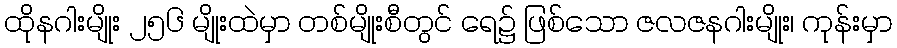
ထိုနဂါးမျိုး ၂၅၆ မျိုးထဲမှာ တစ်မျိုးစီတွင် ရေ၌ ဖြစ်သော ဇလဇနဂါးမျိုး၊ ကုန်းမှာ